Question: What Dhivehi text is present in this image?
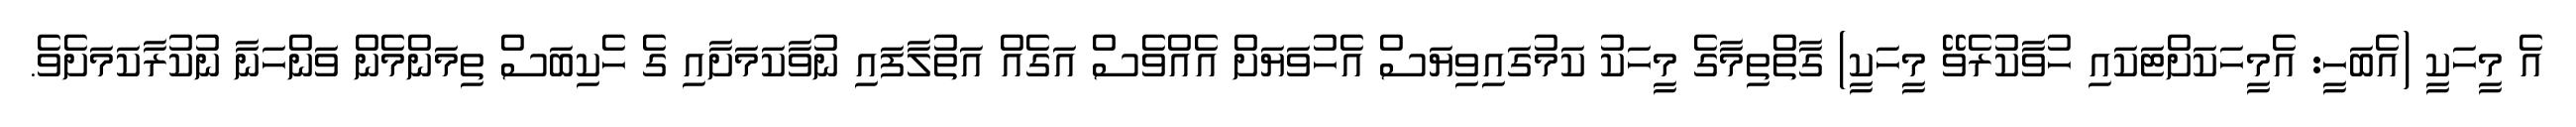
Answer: އެ މީހަކީ (އެބަހީ: އެމީހަކަށްޓަކައި ހުވާކުރެވޭ މީހަކީ) ގާތްތިމާގެ މީހަކު ކަމުގައިވިޔަސް އެހުވަޔަށް އެއްވެސް އަގެއް އަތުލާފައި ނުވާކަމަށާއި ގެ ހެކިބަސް ތިމަންމެން ވަންހަނާ ނުކުރާކަމަށެވެ.